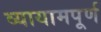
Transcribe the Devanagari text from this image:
व्यायामपूर्ण